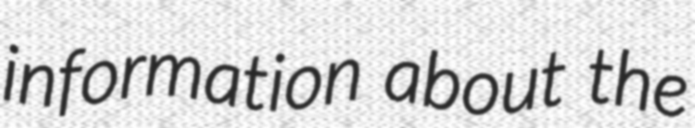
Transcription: information about the